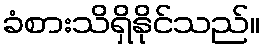
ခံစားသိရှိနိုင်သည်။